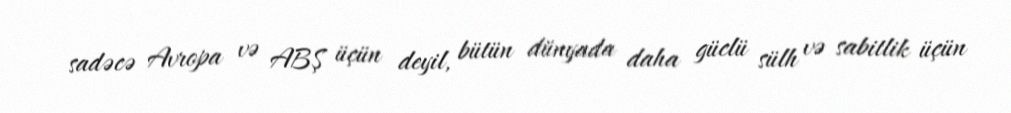
sadəcə Avropa və ABŞ üçün deyil, bütün dünyada daha güclü sülh və sabitlik üçün